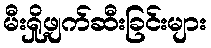
မီးရှို့ဖျက်ဆီးခြင်းများ